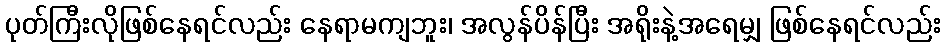
ပုတ်ကြီးလိုဖြစ်နေရင်လည်း နေရာမကျဘူး၊ အလွန်ပိန်ပြီး အရိုးနဲ့အရေမျှ ဖြစ်နေရင်လည်း